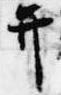
弁